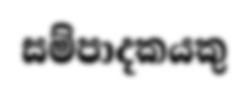
සම්පාදකයකු